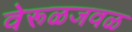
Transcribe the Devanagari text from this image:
वेरूळजवळ